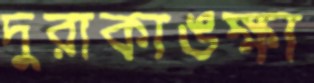
দুরাকাঙক্ষা